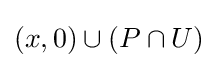
{(x,0)}\cup (P\cap U)